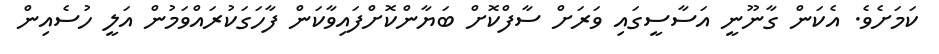
ކަމަށެވެ. އެކަން ގާނޫނީ އަސާސީގައި ވަރަށް ސާފްކޮށް ބަޔާންކޮށްފައިވާކަން ފާހަގަކުރައްވަމުން އަލީ ހުސެއިން